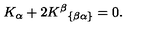
K _ { \alpha } + 2 K ^ { \beta } { } _ { \left\{ \beta \alpha \right\} } = 0 .